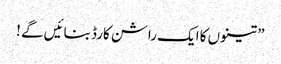
” تینوں کا ایک راشن کارڈ بنائیں گے !